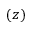
( z )